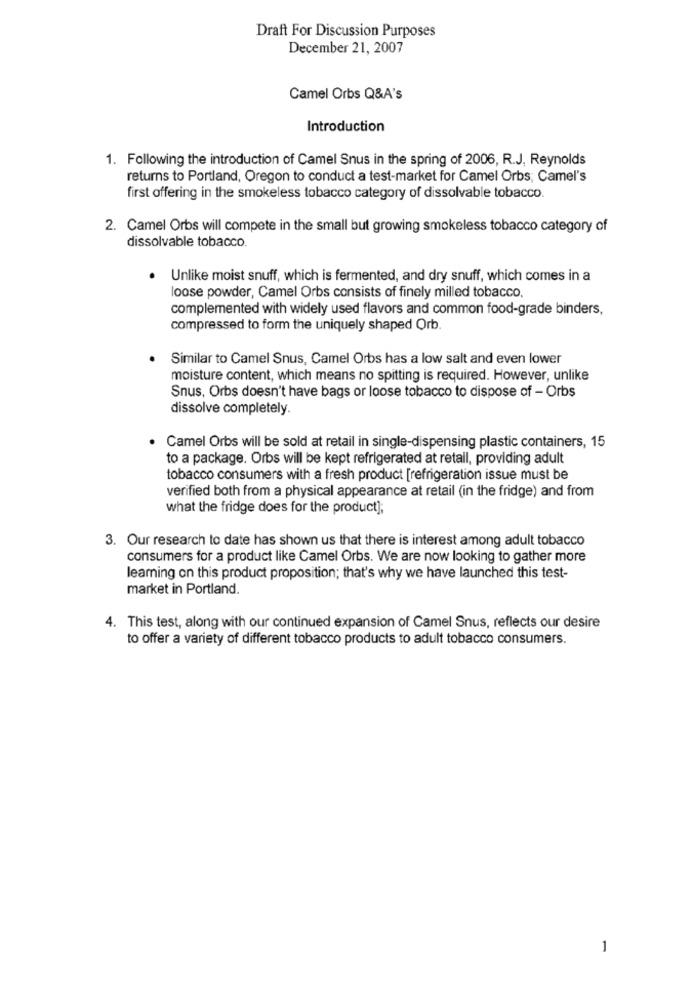
Draft For Discussion Purposes
December 21, 2007
Camel Orbs Q&A's
Introduction
1. Following the introduction of Camel Snus in the spring of 2006, R.J. Reynolds
returns to Portland, Oregon to conduct a test-market for Camel Orbs; Camel's
first offering in the smokeless tobacco category of dissolvable tobacco.
2. Camel Orbs will compete in the small but growing smokeless tobacco category of
dissolvable tobacco.
Unlike moist snuff, which is fermented, and dry snuff, which comes in a
loose powder, Camel Orbs consists of finely milled tobacco.
complemented with widely used flavors and common food-grade binders,
compressed to form the uniquely shaped Orb.
Similar to Camel Snus, Camel Orbs has a low salt and even lower
moisture content, which means no spitting is required. However, unlike
Snus, Orbs doesn't have bags or loose tobacco to dispose of - Orbs
dissolve completely.
Camel Orbs will be sold at retail in single-dispensing plastic containers, 15
to a package. Orbs will be kept refrigerated at retail, providing adult
tobacco consumers with a fresh product [refrigeration issue must be
verified both from a physical appearance at retail (in the fridge) and from
what the fridge does for the product];
3. Our research to date has shown us that there is interest among adult tobacco
consumers for a product like Camel Orbs. We are now looking to gather more
learning on this product proposition; that's why we have launched this test-
market in Portland.
4. This test, along with our continued expansion of Camel Snus, reflects our desire
to offer a variety of different tobacco products to adult tobacco consumers.
1